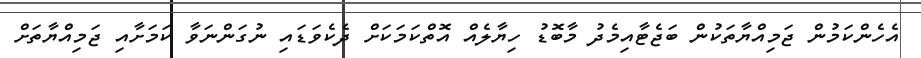
އެހެންކަމުން ޖަމިއްޔާތަކުން ބަޖެޓާއިމެދު މާބޮޑު ހިޔާލެއް އޮތްކަމަކަށް ދެކެވަޑައި ނުގަންނަވާ ކަމަށާއި ޖަމިއްޔާތަށް